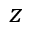
z